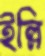
ইল্লি